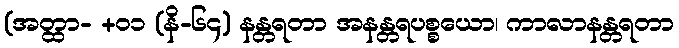
(အတ္ထာ- +၀၁ (နိ-၆၄) နန္တရတာ အနန္တရပစ္စယော၊ ကာလာနန္တရတာ